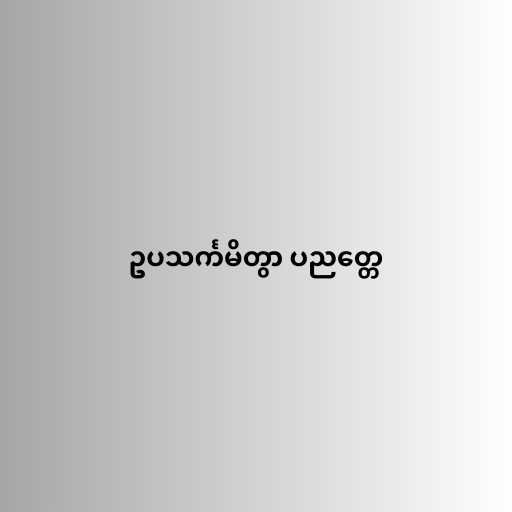
ဥပသင်္ကမိတွာ ပညတ္တေ